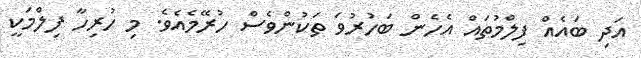
އަދި ބައެއް ފިލްމުތައް އެހެން ބަހުރުވަ ތަކުންވެސް ހުރޭމެއެވެ. މި ހުރިހާ ފިލްމަކީ